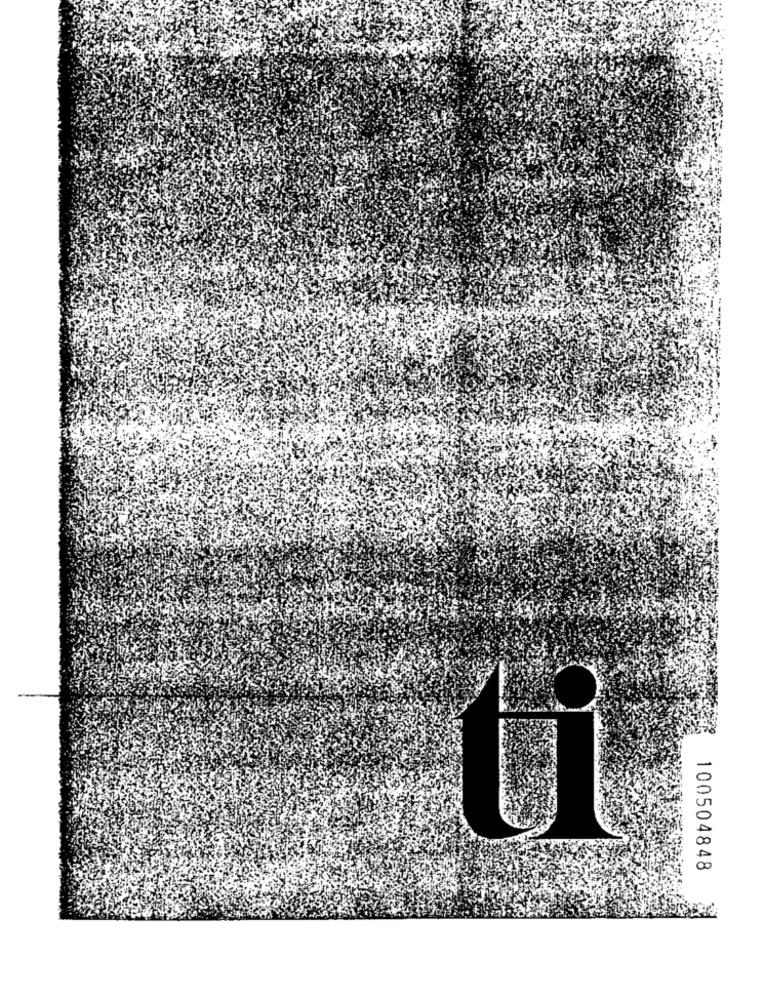
100504848